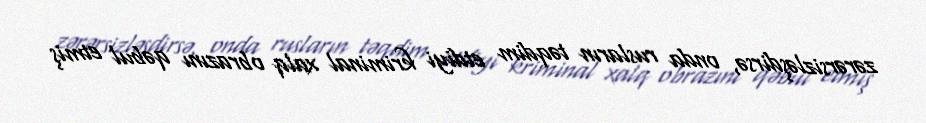
zərərsizləşdirsə, onda rusların təqdim etdiyi kriminal xalq obrazını qəbul etmiş